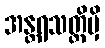
အန္တရသတ္ထိမှိ